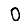
Digit: 0